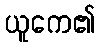
ယူကေ၏